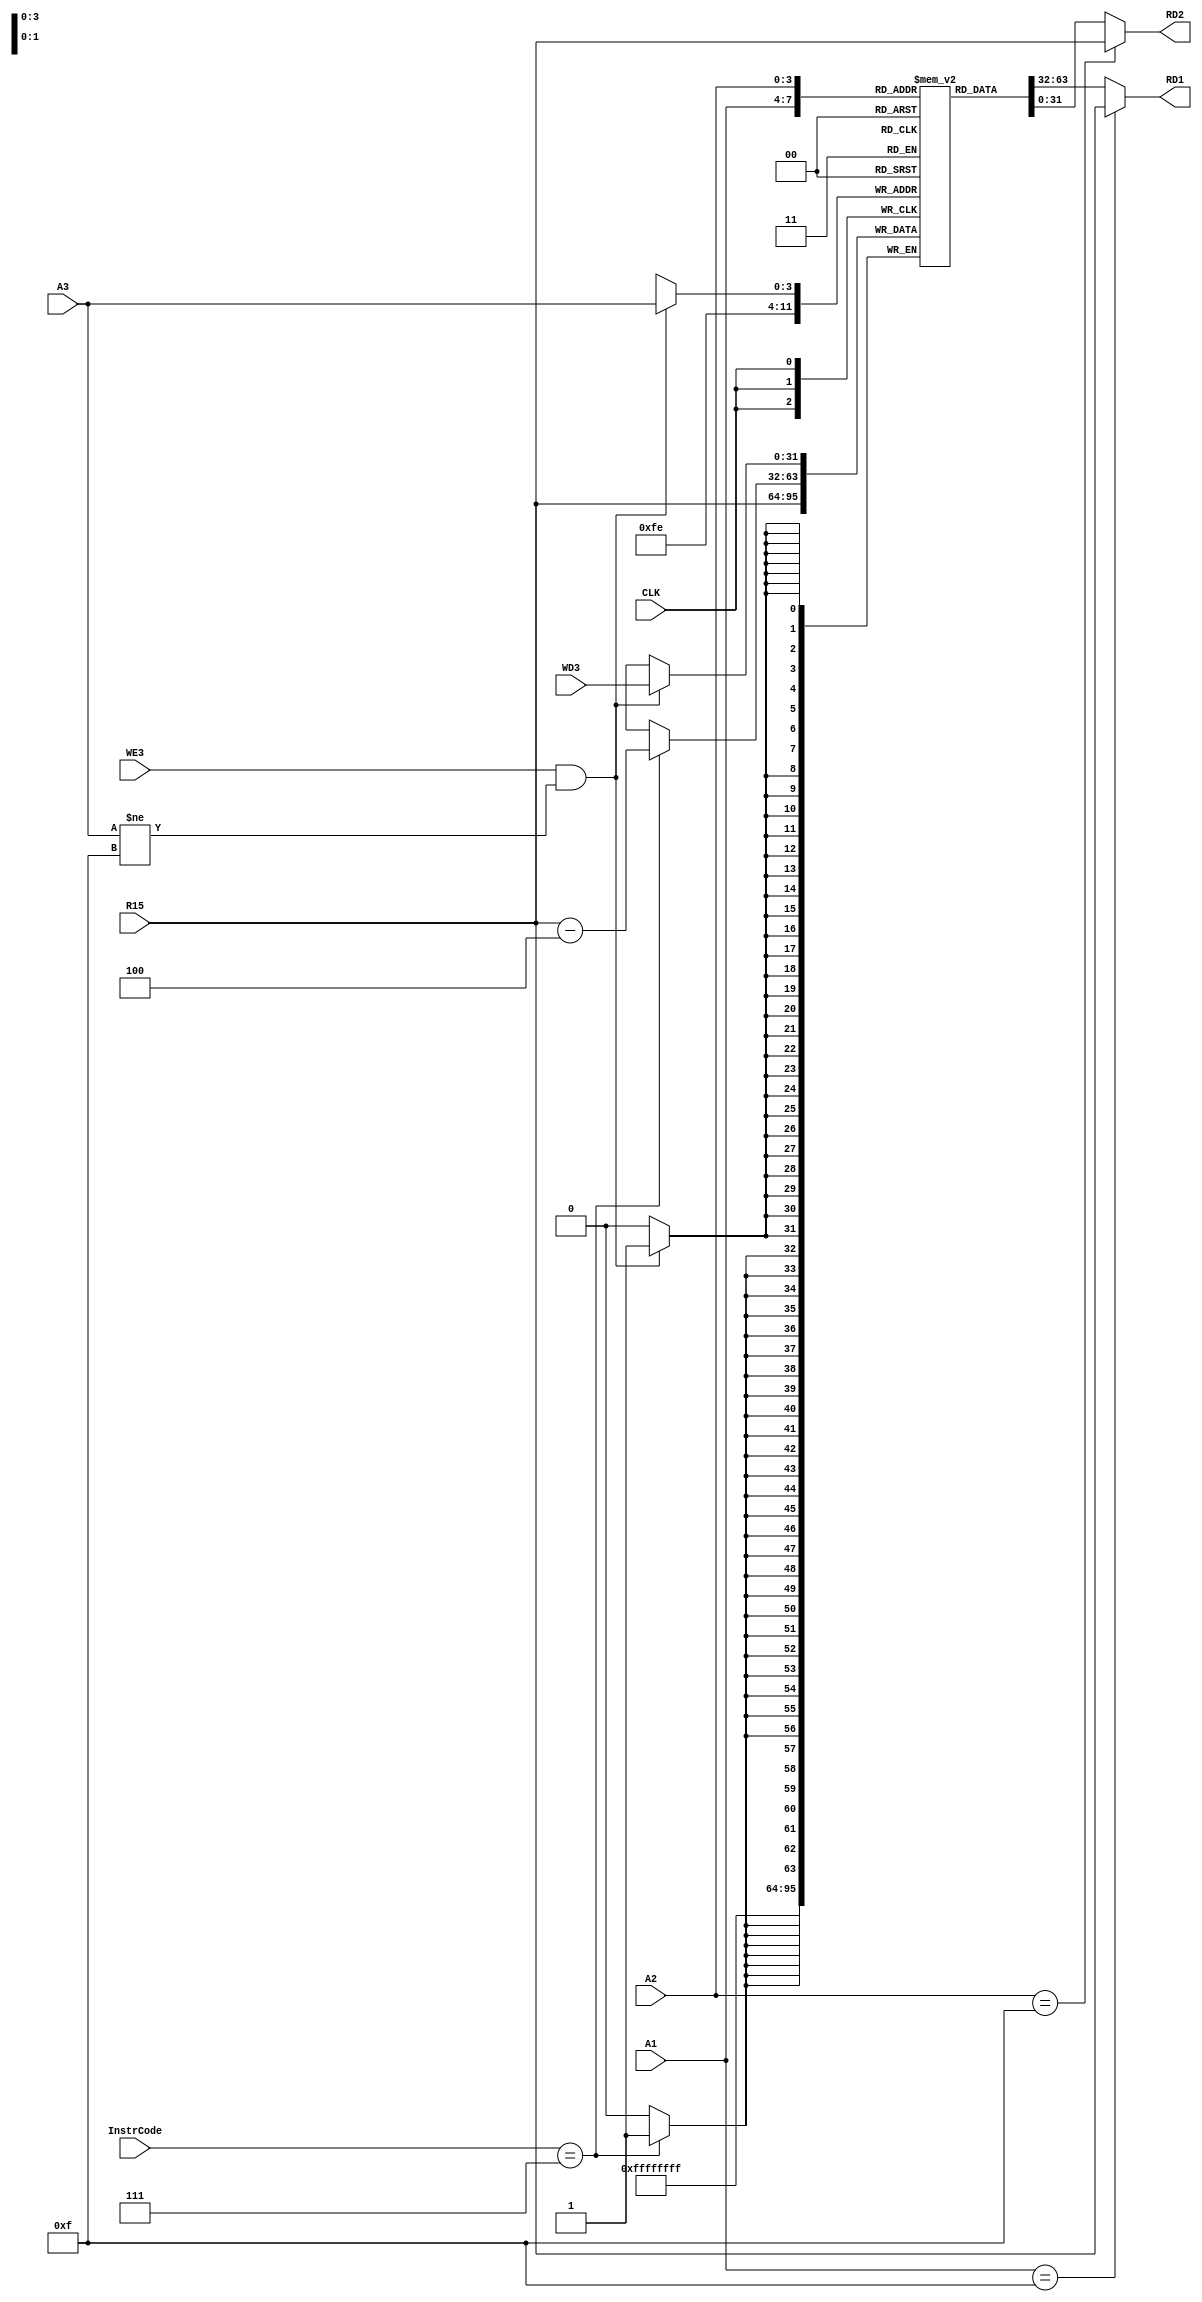
module RegisterFile(
	RD1, RD2,
	CLK, A1, A2, A3, R15, WD3, WE3, InstrCode
	);
	
	input CLK;
	input [3:0] A1;
	input [3:0] A2;
	input [3:0] A3;
	input [31:0] R15;
	input [31:0] WD3;
	input WE3;
	input [2:0] InstrCode;
	
	output [31:0] RD1;
	output [31:0] RD2;
	
	reg [31:0] register[15:0];
	
	assign RD1 = (A1 == 4'b1111 ? R15 : register[A1]);
	assign RD2 = (A2 == 4'b1111 ? R15 : register[A2]);
	
	always@(negedge CLK) begin
		if(WE3 && A3 != 15)
			begin
				register[A3] <= WD3;
			end
			
		if(InstrCode == 3'b111)//BL
			begin
				register[14] <= R15 - 4;
			end
		register[15] <= R15;
		
	end
endmodule